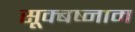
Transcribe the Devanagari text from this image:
सूक्बष्नाम